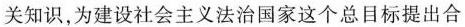
关知识，为建设社会主义法治国家这个总目标提出合